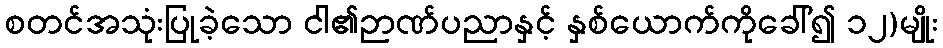
စတင်အသုံးပြုခဲ့သော ငါ၏ဉာဏ်ပညာနှင့် နှစ်ယောက်ကိုခေါ်၍ ၁၂)မျိုး